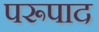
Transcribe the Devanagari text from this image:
परूपाद